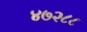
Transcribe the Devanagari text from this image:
४७२८८